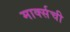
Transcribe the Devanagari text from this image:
मार्क्‍सची